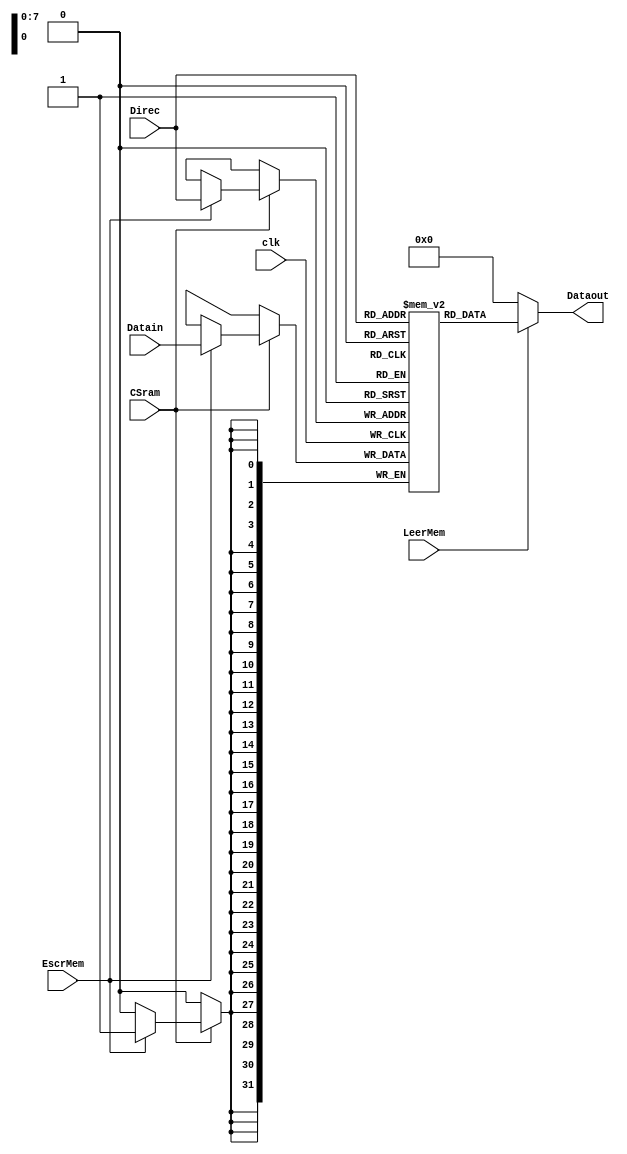
`timescale 1ns / 1ps
//////////////////////////////////////////////////////////////////////////////////
// Company: 
// Engineer: 
// 
// Design Name: 
// Module Name: sram
// Project Name: 
// Target Devices: 
// Tool Versions: 
// Description: 
// 
// Dependencies: 
// 
// Revision:
// Revision 0.01 - File Created
// Additional Comments:
// 
//////////////////////////////////////////////////////////////////////////////////


module sram(clk,CSram,Direc,Datain,LeerMem,Dataout,EscrMem);
    input clk;
    input CSram;//bit
    input [7:0] Direc;
    input [31:0] Datain;
    input LeerMem;
    output wire [31:0] Dataout;
    input EscrMem;//bit
    
reg [31:0] RAM [0:255];

assign Dataout = LeerMem ? RAM[Direc]:32'b0;

always @ (posedge clk) 
begin

if(CSram==1'b1)
begin
    if (EscrMem==1'b1)
        begin
            RAM[Direc] = Datain;
        end  

end
end
endmodule